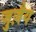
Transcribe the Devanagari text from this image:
जुज़ैय